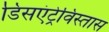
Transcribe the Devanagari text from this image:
डिसएंट्रेविस्तास